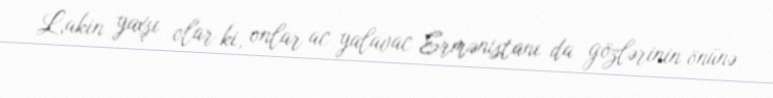
Lakin yaxşı olar ki, onlar ac yalavac Ermənistanı da gözlərinin önünə